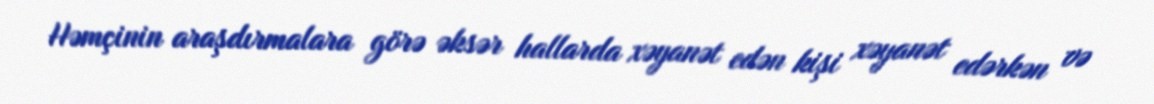
Həmçinin araşdırmalara görə əksər hallarda xəyanət edən kişi xəyanət edərkən və